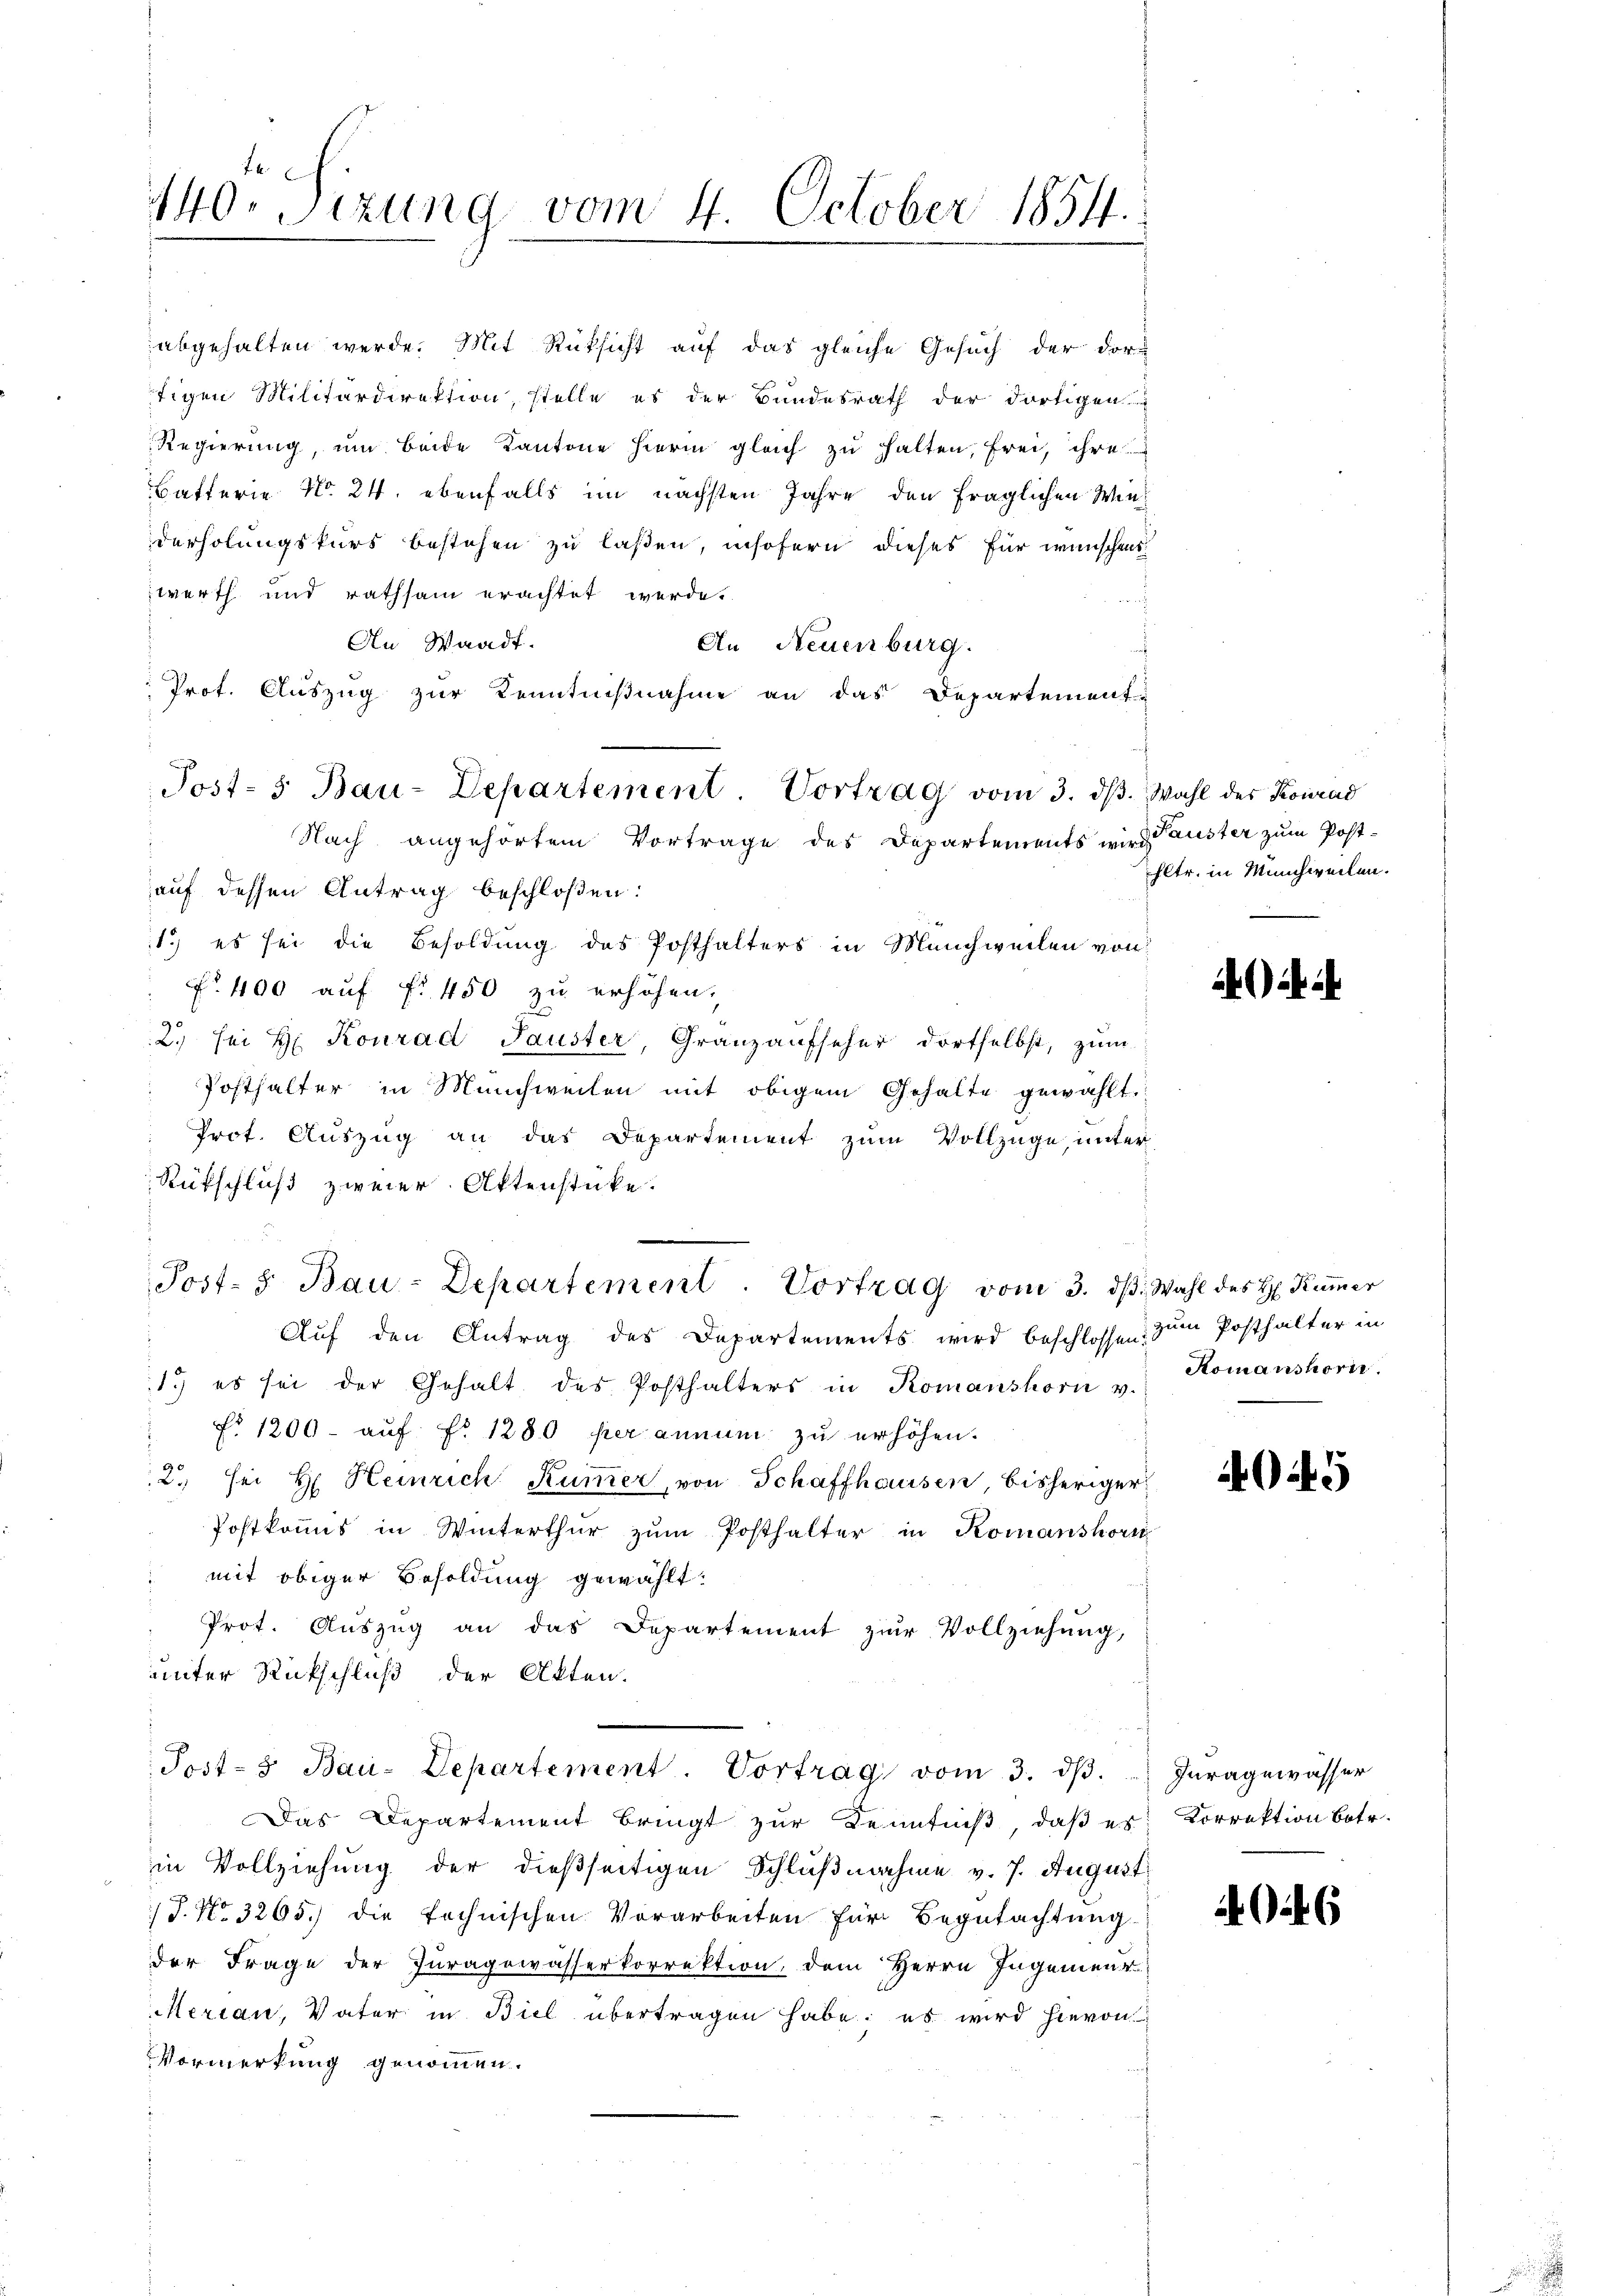
.
abgehalten werde. Mit Rücksicht auf das gleiche Gesuch der dor¬

t
340. Sitzung vom 4. October 1854.
e

tigen Militärdirektion, stelle es der Bundesrath der dortigen
Regierung, um beide Kantone hierin gleich zu halten, frei, ihre
Batterie No. 24. ebenfalls im nächsten Jahre den fraglichen Winderholungskurs bestehen zu laßen, insofern dieses für wünschen
werth und rathsam erachtet werde.
d
An Waadt.
An Neuenburg.
Prot. Auszug zur Kenntnißnahme an das Departement-
Nach angehörtem Vortrage des Departements wird auster zum Post-
auf dessen Antrag beschloßen:
11.) es sei die Besoldung des Posthalters in Münchweilen von
No. 400 auf fr. 450 zu erhöhen.
2. sei Hr. Konrad Hauster, Granzaufseher dortselbst, zum
Posthalter in Münchweilen mit obigem Gehalte gewählt.
Prot. Auszug an das Departement zum Vollzüge, unter
Rütschluß zweier Aktenstücke.
Post- 5. Bau-Departement. Vortrag vom 3. dβ. Wahl des H. Kümmer
Auf den Antrag des Departements wird beschlossen zum Posthalter in
1.) es sei der Gehalt des Posthalters in Komanshorn v.
f. 1200 - auf No 1280 per annum zu erhöhen.
2., sei H. Heinrich Kummer, von Schaffhausen, bisheriger
Postkommis in Winterthur zum Posthalter in Romanshorn
mit obiger Besoldung gewählt:
Prot. Auszug an das Departement zur Vollziehung,
unter Rückschluß der Akten.
Post- & Bau-Departement. Vortrag vom 3. dβ. Iuragewässer
Das Departement bringt zur Kenntniß, daß es: Korrektion betr.
in Vollziehung der dießseitigen Schlußnahme v. 7. August.
x
1. No. 3265.) die technischen Vorarbeiten für Begutachtung
der Frage der Juragewässerkorrektion, dem Herrn Ingenieur
Merian, Vater in Biel übertragen habe; es wird hievon
Vormerkung genommen.

Post- 5. Bau-Departement Vortrag vom 3. dβ. Wahl des Konrad

Eltr. in Münchweilen.

Komanshorn.

4945

6